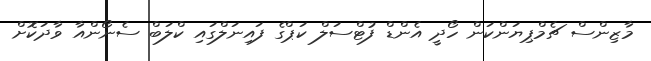
މާޒިންސް ޗެމްޕިޔަންކަން ހޯދީ އެންޑް ފުޓްސަލް ކަޕްގެ ފައިނަލްގައި ކްލަބް ސެނޯންއާ ވާދަކޮށް